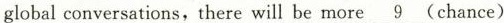
global conversations, there will be more \underline{9} (chance)